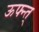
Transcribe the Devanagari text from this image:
ऊफ्न्त्